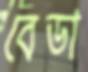
বেডা